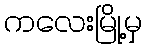
ကလေးမြို့မှ